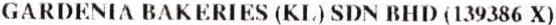
GARDENIA BAKERIES (KL) SDN BHD (139386 X)